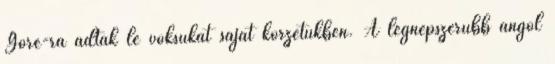
Gore-ra adták le voksukat saját körzetükben. A legnépszerűbb angol